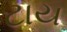
ટાય